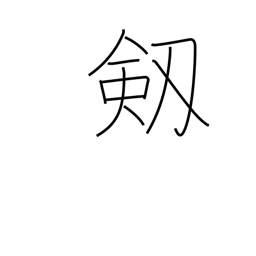
Meaning: sword